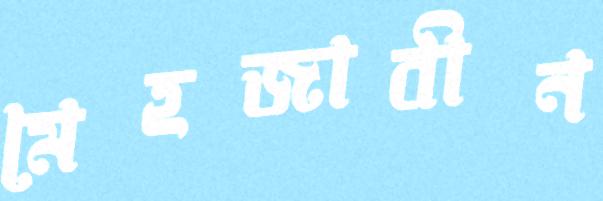
মেহজাবীন